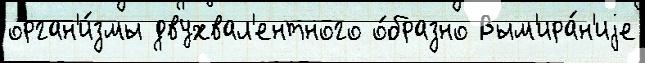
орган'и́змы двухвал'ентного о́бразно Вым'ира́н'иjе